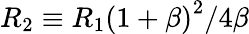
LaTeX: R_{2}\equiv R_{1}\left(1+\beta\right)^{2}/4\beta